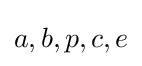
a,b,p,c,e